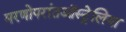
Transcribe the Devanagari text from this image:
मरणोपरांतऑस्ट्रेलिया